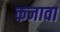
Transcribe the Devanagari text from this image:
कजावा